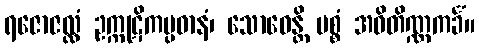
ရဇောဇလ္လံ ဥက္ကုဋိကပ္ပဓာနံ၊ သောဓေန္တိ မစ္စံ အဝိတိဏ္ဏကင်္ခံ။